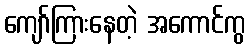
ကျော်ကြားနေတဲ့ အကောင်ကွ